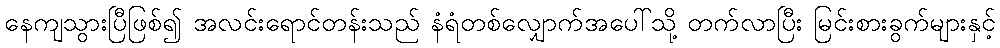
နေကျသွားပြီဖြစ်၍ အလင်းရောင်တန်းသည် နံရံတစ်လျှောက်အပေါ်သို့ တက်လာပြီး မြင်းစားခွက်များနှင့်